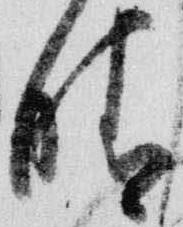
晴